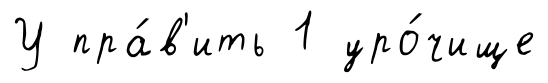
У пра́в'ить 1 уро́чище